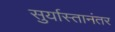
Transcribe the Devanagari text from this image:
सुर्यास्तानंतर